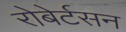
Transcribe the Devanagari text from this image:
रोबेर्टसन